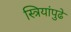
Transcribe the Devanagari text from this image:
स्त्रियांपुढे